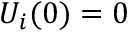
U _ { i } ( 0 ) = 0